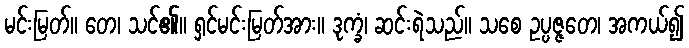
မင်းမြတ်။ တေ၊ သင်၏။ ရှင်မင်းမြတ်အား။ ဒုက္ခံ၊ ဆင်းရဲသည်။ သစေ ဥပ္ပဇ္ဇတေ၊ အကယ်၍